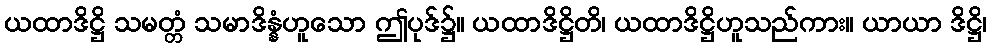
ယထာဒိဋ္ဌိ သမတ္တံ သမာဒိန္နံဟူသော ဤပုဒ်၌။ ယထာဒိဋ္ဌိတိ၊ ယထာဒိဋ္ဌိဟူသည်ကား။ ယာယာ ဒိဋ္ဌိ၊